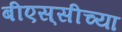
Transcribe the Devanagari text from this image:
बीएस्‌सीच्या